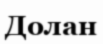
Долан